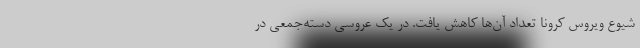
شیوع ویروس کرونا تعداد آن‌ها کاهش یافت. در یک عروسی دسته‌جمعی در